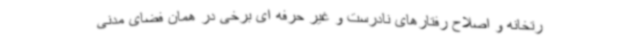
رتخانه و اصلاح رفتارهای نادرست و غیر حرفه ای برخی در همان فضای مدنی